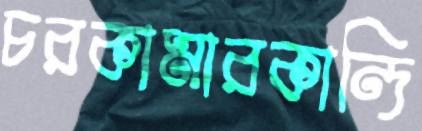
চরকামারকান্দি